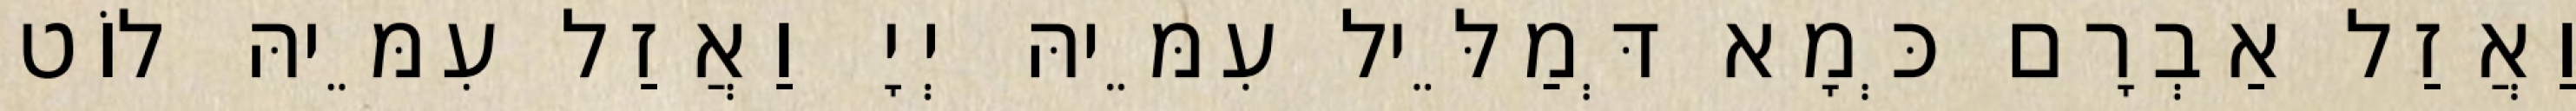
וַאֲזַל אַבְרָם כְּמָא דְּמַלֵּיל עִמֵּיהּ יְיָ וַאֲזַל עִמֵּיהּ לוֹט